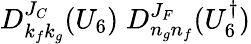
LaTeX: D_{k_{f}k_{g}}^{J_{C}}(U_{6})\; D_{n_{g}n_{f}}^{J_{F}}(U_{6}^{\dagger})